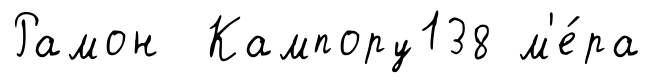
Рамон Кампору138 м'е́ра